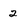
Character: 2